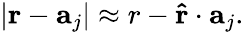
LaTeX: |\mathbf{r}-\mathbf{a}_{j}|\approx r-\mathbf{\hat{r}}\cdot\mathbf{a}_{j}.